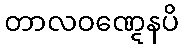
တာလဝဏ္ဋေနပိ